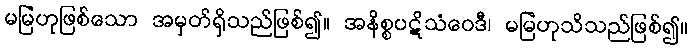
မမြဲဟုဖြစ်သော အမှတ်ရှိသည်ဖြစ်၍။ အနိစ္စပဋိသံဝေဒီ၊ မမြဲဟုသိသည်ဖြစ်၍။